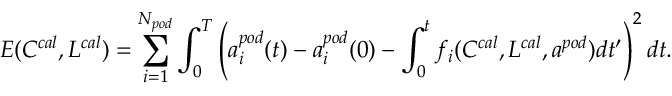
E ( C ^ { c a l } , L ^ { c a l } ) = \sum _ { i = 1 } ^ { N _ { p o d } } \int _ { 0 } ^ { T } \left( a _ { i } ^ { p o d } ( t ) - a _ { i } ^ { p o d } ( 0 ) - \int _ { 0 } ^ { t } f _ { i } ( C ^ { c a l } , L ^ { c a l } , a ^ { p o d } ) d t ^ { \prime } \right) ^ { 2 } d t .